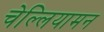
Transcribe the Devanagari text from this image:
चेल्लियामन